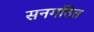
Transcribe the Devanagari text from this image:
सनगठित